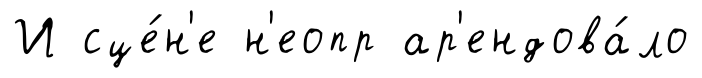
И сце́н'е н'еопр ар'ендова́ло